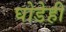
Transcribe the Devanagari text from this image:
घोडेही